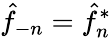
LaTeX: \hat{f}_{-n}=\hat{f}_{n}^{*}